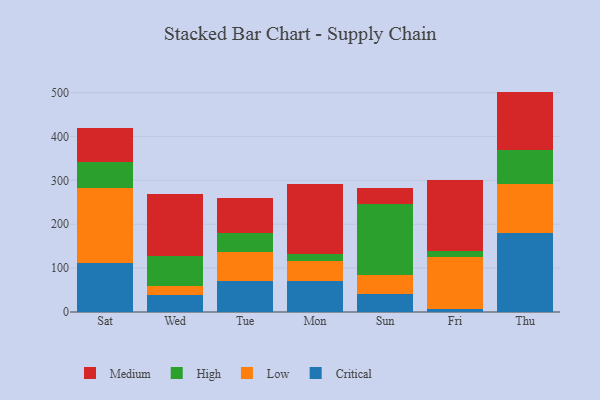
{"axis": {"x": "Day", "y": "Headcount"}, "legend": ["Critical", "High", "Low", "Medium"], "data": [{"x": "Sat", "y": 110.8, "type": "Critical"}, {"x": "Sat", "y": 171.4, "type": "Low"}, {"x": "Sat", "y": 58.5, "type": "High"}, {"x": "Sat", "y": 78.6, "type": "Medium"}, {"x": "Wed", "y": 38.3, "type": "Critical"}, {"x": "Wed", "y": 21.5, "type": "Low"}, {"x": "Wed", "y": 66.7, "type": "High"}, {"x": "Wed", "y": 141.4, "type": "Medium"}, {"x": "Tue", "y": 70.0, "type": "Critical"}, {"x": "Tue", "y": 65.6, "type": "Low"}, {"x": "Tue", "y": 44.2, "type": "High"}, {"x": "Tue", "y": 80.2, "type": "Medium"}, {"x": "Mon", "y": 70.3, "type": "Critical"}, {"x": "Mon", "y": 46.3, "type": "Low"}, {"x": "Mon", "y": 16.3, "type": "High"}, {"x": "Mon", "y": 159.2, "type": "Medium"}, {"x": "Sun", "y": 42.0, "type": "Critical"}, {"x": "Sun", "y": 42.2, "type": "Low"}, {"x": "Sun", "y": 162.8, "type": "High"}, {"x": "Sun", "y": 35.0, "type": "Medium"}, {"x": "Fri", "y": 6.6, "type": "Critical"}, {"x": "Fri", "y": 119.5, "type": "Low"}, {"x": "Fri", "y": 12.4, "type": "High"}, {"x": "Fri", "y": 162.9, "type": "Medium"}, {"x": "Thu", "y": 179.2, "type": "Critical"}, {"x": "Thu", "y": 111.3, "type": "Low"}, {"x": "Thu", "y": 79.5, "type": "High"}, {"x": "Thu", "y": 132.1, "type": "Medium"}]}